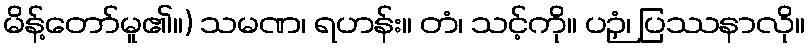
မိန့်တော်မူ၏။) သမဏ၊ ရဟန်း။ တံ၊ သင့်ကို။ ပဉှံ၊ ပြဿနာလို။